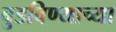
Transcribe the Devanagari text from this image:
बुडविण्याच्या